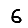
Digit: 6